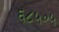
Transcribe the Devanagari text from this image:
६८५०५